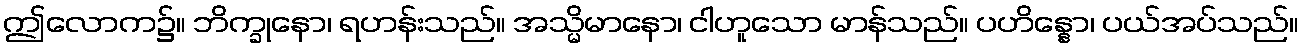
ဤလောက၌။ ဘိက္ခုနော၊ ရဟန်းသည်။ အသ္မိမာနော၊ ငါဟူသော မာန်သည်။ ပဟိန္နော၊ ပယ်အပ်သည်။